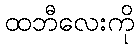
ထဘီလေးကို